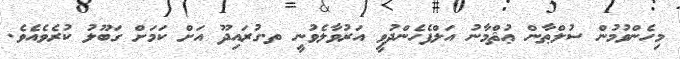
މިހެންވުމުން ސުލްޠާން ޢުޘްމާނު އަލްފެހެންދުވީ އަރުވާލެވުނީ ތ.ގުރައިދޫ އަށް ކަމަށް ގަބޫލު ކުރެވެއެވެ.